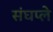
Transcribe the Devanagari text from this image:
संघप्ले